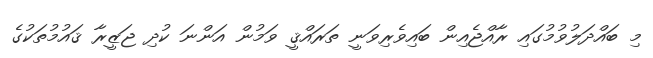
މި ބައްދަލުވުމުގައި ރާއްޖެއިން ބައިވެރިވަނީ ތަރައްޤީ ވަމުން އަންނަ ކުދި ޖަޒީރާ ޤައުމުތަކުގެ